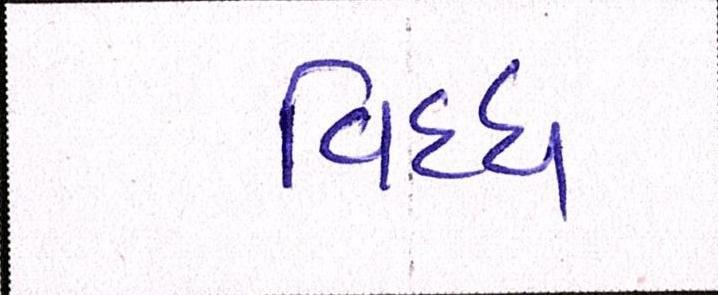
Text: વિધ્ધ